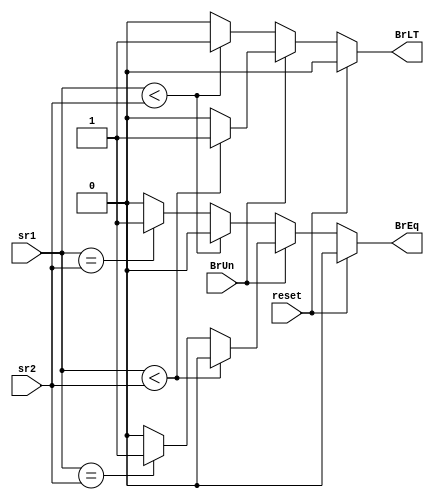
module BranchComparator(
 	sr1,
 	sr2,
 	BrUn,
 	BrLT,
 	BrEq,
 	reset
	);

input [31:0] sr1;
input [31:0] sr2;
input BrUn;
input reset;
output reg BrLT;
output reg BrEq;

//comparisons 
always @(*) begin 
	// reset
	if (reset) begin
		BrLT = 0;
		BrEq = 0;
	end
	else begin
		BrEq = 0;
		BrLT = 0;
		//unsigned comparison
		if(BrUn)begin
			if(sr1 < sr2) BrLT = 1;
			else if(sr1 == sr2) BrEq = 1;
		end
		//signed comparison
		else begin
			if ($signed(sr1)<$signed((sr2))) BrLT = 1;
			else if ($signed(sr1) ==  $signed((sr2))) BrEq = 1;
		end
	end
end
endmodule